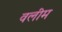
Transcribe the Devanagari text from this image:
वलीम